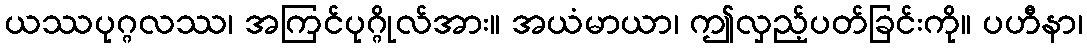
ယဿပုဂ္ဂလဿ၊ အကြင်ပုဂ္ဂိုလ်အား။ အယံမာယာ၊ ဤလှည့်ပတ်ခြင်းကို။ ပဟီနာ၊